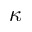
\kappa